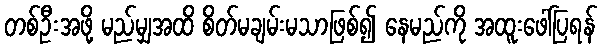
တစ်ဦးအဖို့ မည်မျှအထိ စိတ်မချမ်းမသာဖြစ်၍ နေမည်ကို အထူးဖေါ်ပြရန်